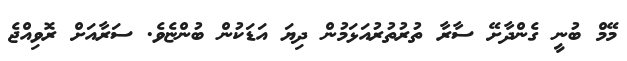
މޭމް ބުނީ ގެންދާށޭ ސާރާ ތުރުތުރުއަޅަމުން ދިޔަ އަޑަކުން ބުންޏެވެ. ސަރާއަށް ރޮވިއްޖެ